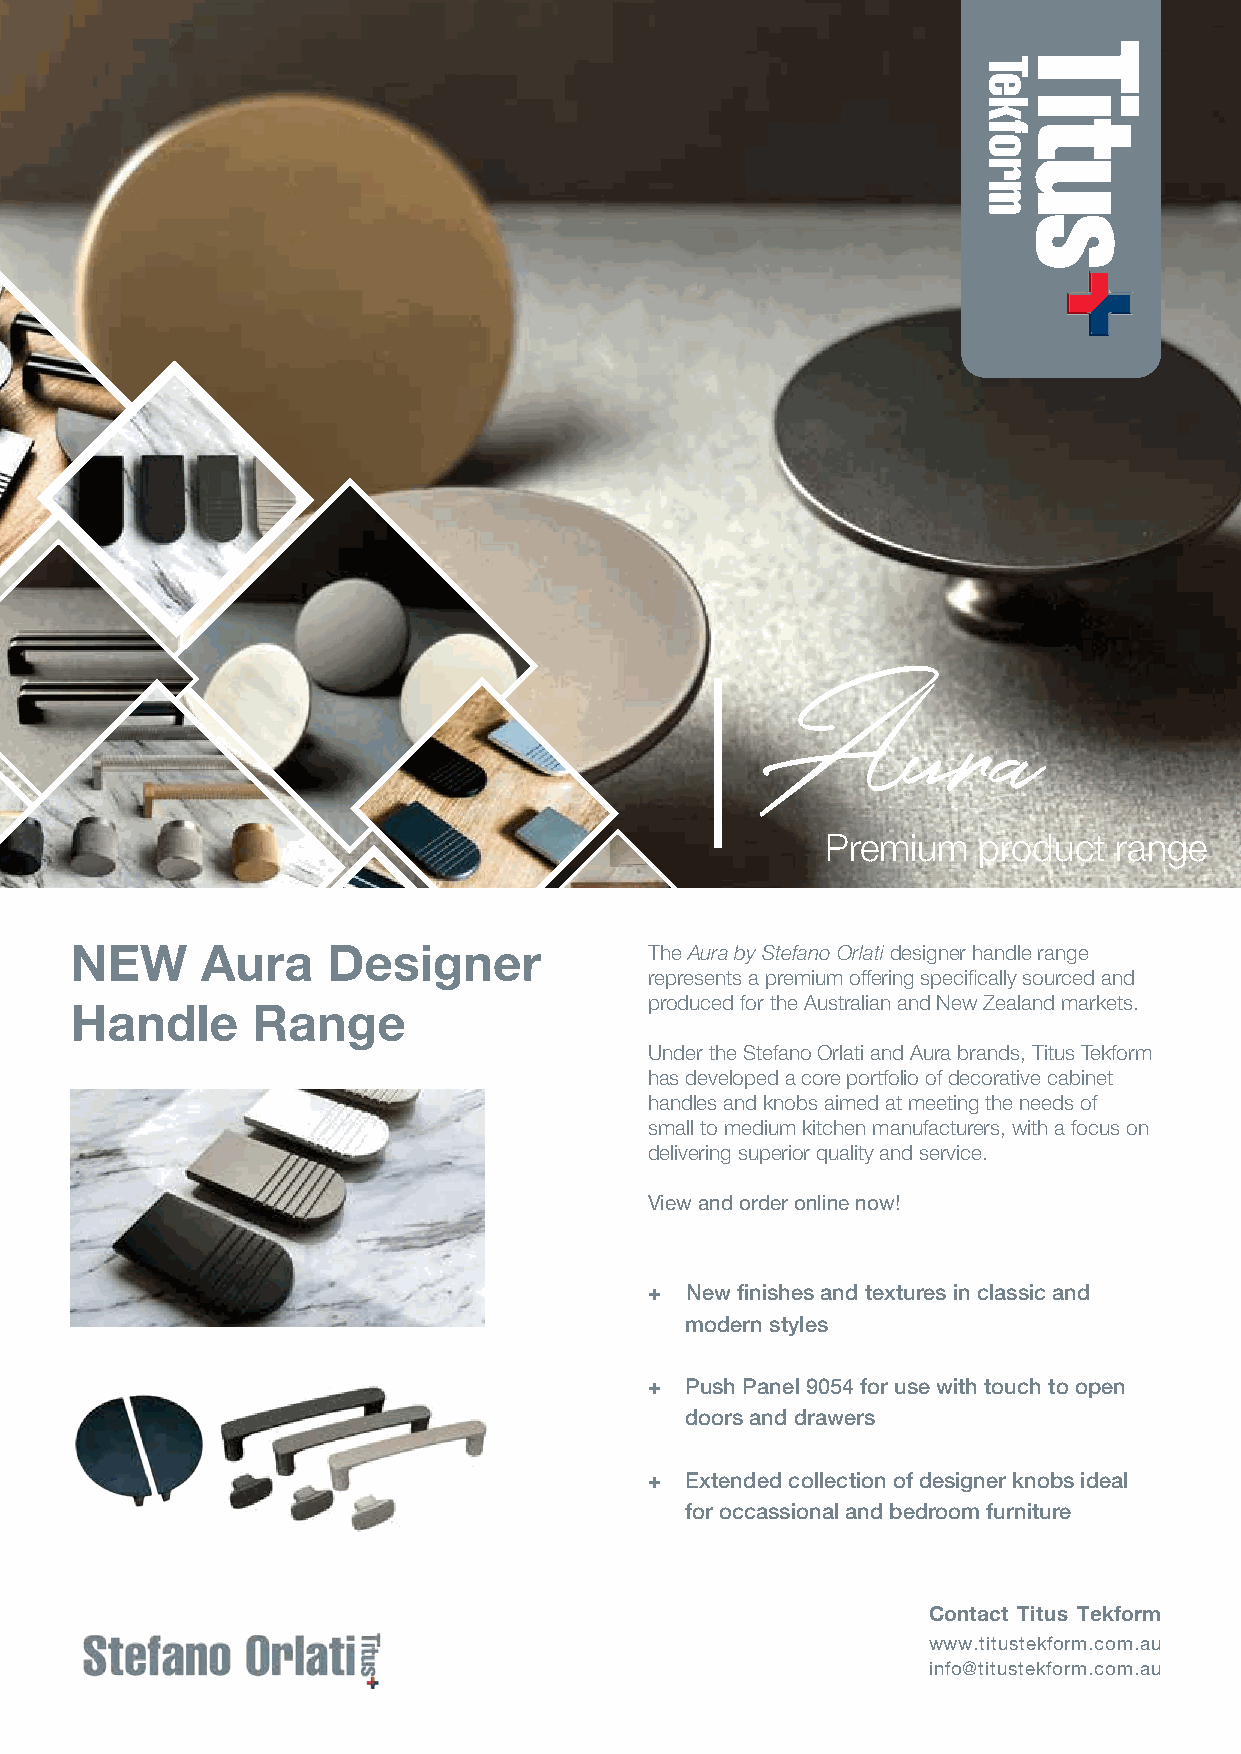
Aura
 Premium   product  range
 NEW     Aura     Designer             The Aura by Stefano Orlati designer handle range
 represents a premium offering specifically sourced and
 produced for the Australian and New Zealand markets.
 Handle      Range
 Under the Stefano Orlati and Aura brands, Titus Tekform
 has developed a core portfolio of decorative cabinet
 handles and knobs aimed at meeting the needs of
 small to medium kitchen manufacturers, with a focus on
 delivering superior quality and service.
 View and order online now!
 + New finishes and textures in classic and
 modern styles
 + Push Panel 9054 for use with touch to open
 doors and drawers
 + Extended collection of designer knobs ideal
 for occassional and bedroom furniture
 Contact Titus Tekform
 www.titustekform.com.au
 info@titustekform.com.au